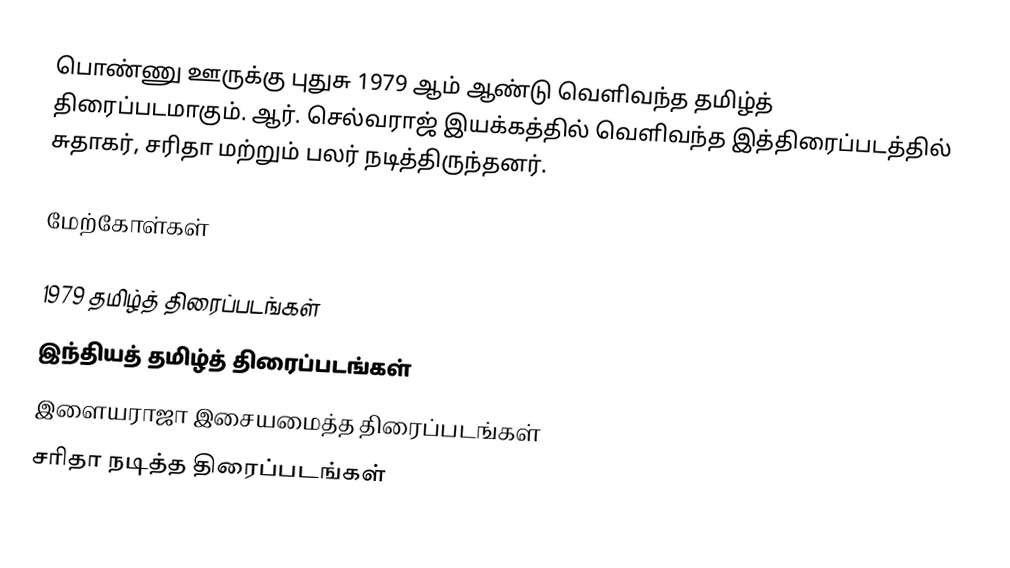
பொண்ணு ஊருக்கு புதுசு 1979 ஆம் ஆண்டு வெளிவந்த தமிழ்த் திரைப்படமாகும். ஆர். செல்வராஜ் இயக்கத்தில் வெளிவந்த இத்திரைப்படத்தில் சுதாகர், சரிதா மற்றும் பலர் நடித்திருந்தனர்.

மேற்கோள்கள்

1979 தமிழ்த் திரைப்படங்கள்
இந்தியத் தமிழ்த் திரைப்படங்கள்
இளையராஜா இசையமைத்த திரைப்படங்கள்
சரிதா நடித்த திரைப்படங்கள்